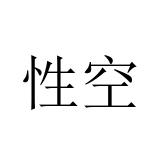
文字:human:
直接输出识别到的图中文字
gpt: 性空